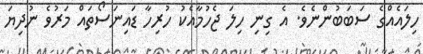
ހިލައެއްގެ ސަބަބުންނެވެ. އެ ގިނި ހިލަ ޖެހުމާއެކު ހުރިހާ ޑައިނަސޯތައް މަރުވެ ނުދިޔަ